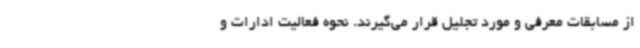
از مسابقات معرفی و مورد تجلیل قرار می‌گیرند. نحوه فعالیت ادارات و